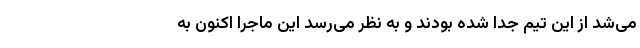
می‌شد از این تیم جدا شده بودند و به نظر می‌رسد این ماجرا اکنون به